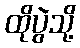
ထိုပွဲသို့